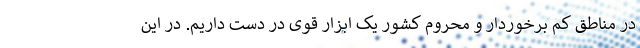
در مناطق کم برخوردار و محروم کشور یک ابزار قوی در دست داریم. در این